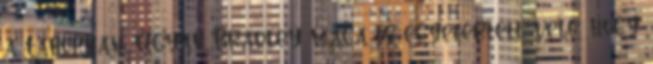
a Táborban. Ugyan Bradley maga is egyetértett vele, hogy